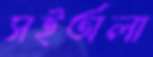
সইঅলা